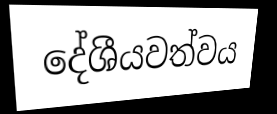
දේශීයවත්වය